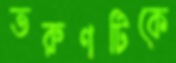
তরুণটিকে